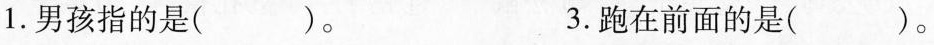
1.男孩指的是( )。 3.跑在前面的是( )